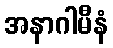
အနာဂါမီနံ